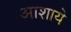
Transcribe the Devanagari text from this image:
आशाये